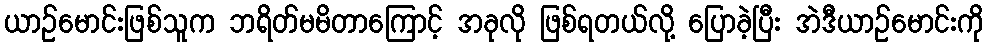
ယာဉ်မောင်းဖြစ်သူက ဘရိတ်မမိတာကြောင့် အခုလို ဖြစ်ရတယ်လို့ ပြောခဲ့ပြီး အဲဒီယာဉ်မောင်းကို